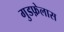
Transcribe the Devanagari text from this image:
गुडफ़ेलास